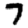
Digit: 7